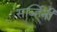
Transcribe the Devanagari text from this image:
सर्व्हिनी